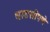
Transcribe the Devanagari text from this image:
धाडसीपणे